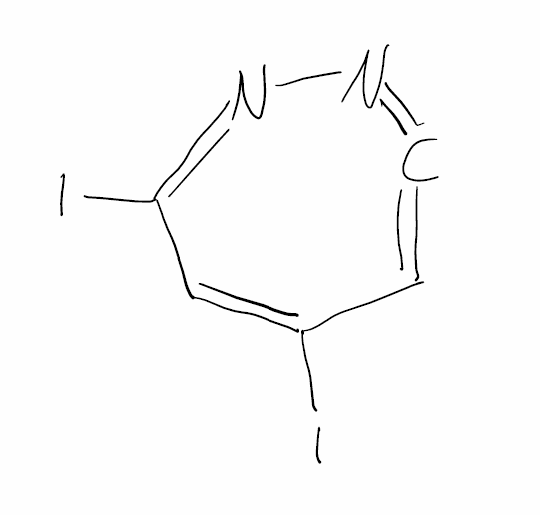
Simplified molecular-input line-entry system (SMILES) notation of the given molecule:
C1=C=NN=C(C=C1I)I